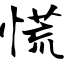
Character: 慌